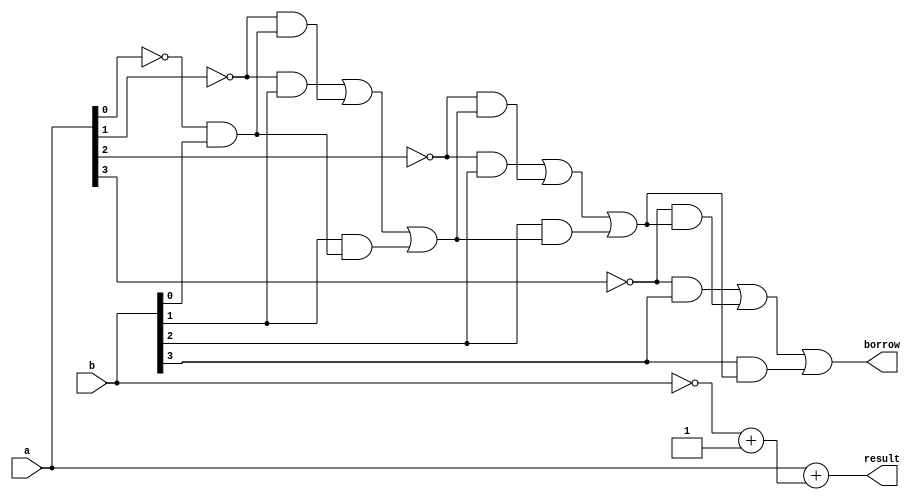
module subtractor (
    input [3:0] a,
    input [3:0] b,
    output [3:0] result,
    output borrow
);

wire [3:0] complement_b;
wire [3:0] borrow_out;

assign complement_b = ~b + 4'b1;

assign borrow_out[0] = ~a[0] & b[0];
assign borrow_out[1] = (~a[1] & b[1]) | (~a[1] & borrow_out[0]) | (b[1] & borrow_out[0]);
assign borrow_out[2] = (~a[2] & b[2]) | (~a[2] & borrow_out[1]) | (b[2] & borrow_out[1]);
assign borrow_out[3] = (~a[3] & b[3]) | (~a[3] & borrow_out[2]) | (b[3] & borrow_out[2]);

assign result = a + complement_b;

assign borrow = borrow_out[3];

endmodule